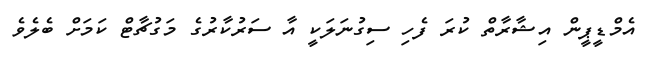
އެމްޑީޕީން އިޝާރާތް ކުރަ ފެހި ސިގުނަލަކީ އާ ސަރުކާރުގެ މަގުޗާޓް ކަމަށް ބެލެވެ